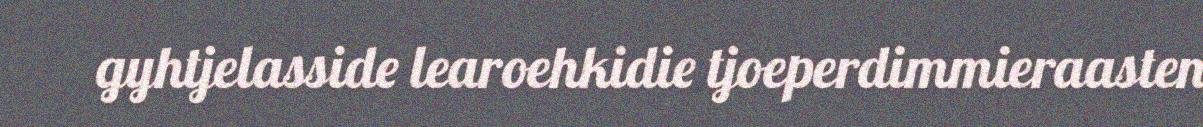
gyhtjelasside learoehkidie tjoeperdimmieraasten